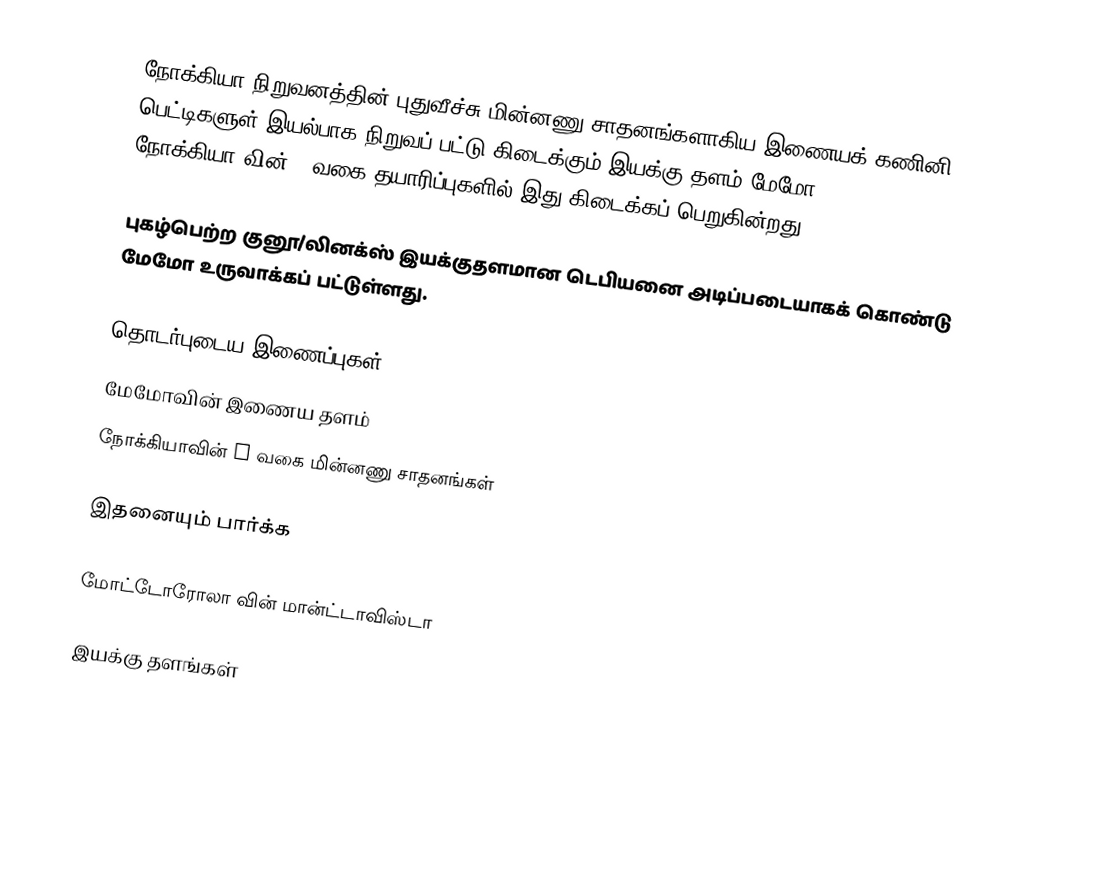
நோக்கியா நிறுவனத்தின் புதுவீச்சு மின்னணு சாதனங்களாகிய இணையக் கணினி பெட்டிகளுள் இயல்பாக நிறுவப் பட்டு கிடைக்கும் இயக்கு தளம் மேமோ (Maemo). நோக்கியா-வின் N வகை தயாரிப்புகளில் இது கிடைக்கப் பெறுகின்றது.

புகழ்பெற்ற குனூ/லினக்ஸ் இயக்குதளமான டெபியனை அடிப்படையாகக் கொண்டு மேமோ உருவாக்கப் பட்டுள்ளது.

தொடர்புடைய இணைப்புகள்
 மேமோவின் இணைய தளம்
 நோக்கியாவின் N வகை மின்னணு சாதனங்கள்

இதனையும் பார்க்க

 மோட்டோரோலா வின் மான்ட்டாவிஸ்டா

இயக்கு தளங்கள்